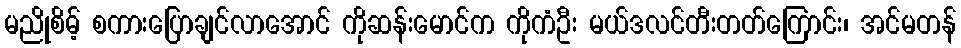
မညိုစိမ့် စကားပြောချင်လာအောင် ကိုဆန်းမောင်က ကိုကံဦး မယ်ဒလင်တီးတတ်ကြောင်း၊ အင်မတန်